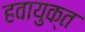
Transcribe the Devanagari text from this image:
हवायुक्त